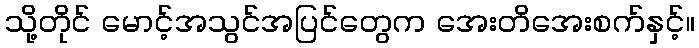
သို့တိုင် မောင့်အသွင်အပြင်တွေက အေးတိအေးစက်နှင့်။